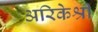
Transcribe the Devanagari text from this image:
अरिकेश्री